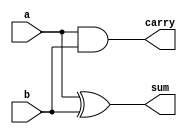
module half_adder(sum, carry, a, b);
  input a, b;
  output sum, carry;
  xor sum1(sum, a, b);
  and carry1(carry, a, b);
endmodule

module full_adder_1bit(fsum, fcarry_out, a, b, c);
  input a, b, c;
  output fcarry_out;
  output fsum;
  wire half_sum_1, half_carry_1, half_carry_2;
  half_adder HA1(half_sum_1, half_carry_1, a, b); //instance 1 of Half Adder
  half_adder HA2(fsum, half_carry_2, half_sum_1, c); //instance 2 of Half Adder
  or or1(fcarry_out, half_carry_2, half_carry_1);
endmodule

module full_adder_4bit(fsum, fcarry_out, a, b, cin);
  input [3:0]a, b;
  input cin;
  output [3:0]fsum;
  output fcarry_out;
  wire cb0, cb1, cb2;
  full_adder_1bit B3(fsum[3], fcarry_out, a[3], b[3], cb2);
  full_adder_1bit B2(fsum[2], cb2, a[2], b[2], cb1);
  full_adder_1bit B1(fsum[1], cb1, a[1], b[1], cb0);
  full_adder_1bit B0(fsum[0], cb0, a[0], b[0], cin);
endmodule

module full_lookaheadadder_4bit(fsum, fcarry_out, a, b, cin);
  input [3:0]a, b;
  input cin;
  output reg [3:0]fsum;
  output reg fcarry_out;
  reg [3:0]p, g;
  reg [4:0] c;
  always @(*) begin
    p = a ^ b;
    g = a & b;
    c[0] = cin;
    c[1] = g[0] | (p[0] & c[0]);
    c[2] = g[1] | (p[1] & g[0]) | (p[1] & p[0] & c[0]);
    c[3] = g[2] | (p[2] & g[1]) | (p[2] & p[1] & g[0]) | (p[2] & p[1] & p[0] & c[0]);
    c[4] = g[3] | (p[3] & g[2]) | (p[3] & p[2] & g[1]) | (p[3] & p[2] & p[1] & g[0]) | (p[3] & p[2] & p[1] & p[0] & c[0]);
    fsum = p ^ c[3:0];
    fcarry_out = c[4];
  end
endmodule

module full_adder_8bit(fsum, fcarry_out, a, b, cin);
  input [7:0] a,b;
  input cin;
  output [7:0] fsum;
  output fcarry_out;
  wire carry_mid;
  //full_adder_4bit fsum74(fsum[7:4],fcarry_out, a[7:4], b[7:4], carry_mid);
  //full_adder_4bit fsum30(fsum[3:0], carry_mid, a[3:0], b[3:0], cin);
  full_lookaheadadder_4bit fsum74(fsum[7:4],fcarry_out, a[7:4], b[7:4], carry_mid);
  full_lookaheadadder_4bit fsum30(fsum[3:0], carry_mid, a[3:0], b[3:0], cin);
endmodule

module full_adder_16bit(fsum, fcarry_out, a, b, cin);
  input [15:0] a,b;
  input cin;
  output [15:0] fsum;
  output fcarry_out;
  wire carry_mid;
  full_adder_8bit fsum8_1(fsum[15:8],fcarry_out, a[15:8], b[15:8], carry_mid);
  full_adder_8bit fsum8_0(fsum[7:0], carry_mid, a[7:0], b[7:0], cin);
endmodule

module mux_2 (out, i0, i1, sel);
  input i0, i1, sel;
  output out;
  wire n_sel, x1, x2;
  or (out, x1, x2);
  and (x1, i0, n_sel);
  and (x2, i1, sel);
  not (n_sel, sel);
endmodule

module mux_4bit( Out, A, B, sel);
  input [3:0] A,B;
  input sel;
  output [3:0]Out;
  // no internal nets or registers
  mux_2 m3 (Out[3], A[3], B[3], sel);
  mux_2 m2 (Out[2], A[2], B[2], sel);
  mux_2 m1 (Out[1], A[1], B[1], sel);
  mux_2 m0 (Out[0], A[0], B[0], sel);
endmodule

module mux_8bit ( Out, A, B, sel);
  input [7:0] A,B;
  input sel;
  output [7:0]Out;
  // no internal nets or registers
  mux_4bit m1_4 (Out[7:4], A[7:4], B[7:4], sel);
  mux_4bit m0_4 (Out[3:0], A[3:0], B[3:0], sel);
endmodule

module mymul_8bitgate(mout, a, b);
  input [3:0] a,b;
  output [7:0] mout;
  wire [3:0] m0_out, m1_out, m2_out, m3_out;
  wire [7:0]fsum_p0, fsum_p1, fsum_p2;
  wire fcarryout_p0, fcarryout_p1, fcarryout_p2, fcarryout_p3;
  mux_4bit m0(m0_out, {4{1'b0}}, a, b[0]);
  mux_4bit m1(m1_out, {4{1'b0}}, a, b[1]);
  mux_4bit m2(m2_out, {4{1'b0}}, a, b[2]);
  mux_4bit m3(m3_out, {4{1'b0}}, a, b[3]);
  full_adder_8bit a0 (fsum_p0, fcarryout_p0, {8{1'b0}}, {{4{1'b0}}, m0_out}, 1'b0);
  full_adder_8bit a1 (fsum_p1, fcarryout_p1, fsum_p0, {{3{1'b0}}, m1_out, {1{1'b0}}}, fcarryout_p0);
  full_adder_8bit a2 (fsum_p2, fcarryout_p2, fsum_p1, {{2{1'b0}}, m2_out, {2{1'b0}}}, fcarryout_p1);
  full_adder_8bit a3 (mout, fcarryout_p3, fsum_p2, {{1{1'b0}}, m3_out, {3{1'b0}}}, fcarryout_p2);
endmodule

module mymul_16bitgate(mout, a, b);
  input [7:0] a,b;
  output [15:0] mout;
  wire [7:0] m0_out, m1_out, m2_out, m3_out, m4_out, m5_out, m6_out, m7_out;
  wire [15:0]fsum_p0, fsum_p1, fsum_p2, fsum_p3, fsum_p4, fsum_p5, fsum_p6, fsum_p7;
  wire fcarryout_p0, fcarryout_p1, fcarryout_p2, fcarryout_p3, fcarryout_p4, fcarryout_p5, fcarryout_p6;
  mux_8bit m0(m0_out, {8{1'b0}}, a, b[0]);
  mux_8bit m1(m1_out, {8{1'b0}}, a, b[1]);
  mux_8bit m2(m2_out, {8{1'b0}}, a, b[2]);
  mux_8bit m3(m3_out, {8{1'b0}}, a, b[3]);
  mux_8bit m4(m4_out, {8{1'b0}}, a, b[4]);
  mux_8bit m5(m5_out, {8{1'b0}}, a, b[5]);
  mux_8bit m6(m6_out, {8{1'b0}}, a, b[6]);
  mux_8bit m7(m7_out, {8{1'b0}}, a, b[7]);
  full_adder_16bit a0 (fsum_p0, fcarryout_p0, {16{1'b0}}, {{8{1'b0}}, m0_out}, 1'b0);
  full_adder_16bit a1 (fsum_p1, fcarryout_p1, fsum_p0, {{7{1'b0}}, m1_out, {1{1'b0}}}, fcarryout_p0);
  full_adder_16bit a2 (fsum_p2, fcarryout_p2, fsum_p1, {{6{1'b0}}, m2_out, {2{1'b0}}}, fcarryout_p1);
  full_adder_16bit a3 (fsum_p3, fcarryout_p3, fsum_p2, {{5{1'b0}}, m3_out, {3{1'b0}}}, fcarryout_p2);
  full_adder_16bit a4 (fsum_p4, fcarryout_p4, fsum_p3, {{4{1'b0}}, m4_out, {4{1'b0}}}, fcarryout_p3);
  full_adder_16bit a5 (fsum_p5, fcarryout_p5, fsum_p4, {{3{1'b0}}, m5_out, {5{1'b0}}}, fcarryout_p4);
  full_adder_16bit a6 (fsum_p6, fcarryout_p6, fsum_p5, {{2{1'b0}}, m6_out, {6{1'b0}}}, fcarryout_p5);
  full_adder_16bit a7 (mout, fcarryout_p7, fsum_p6, {{1{1'b0}}, m7_out, {7{1'b0}}}, fcarryout_p6);
endmodule

module mymul_8bitgate_twocomp(mout, a, b);
  input [3:0] a,b;
  output reg [7:0] mout;
  wire [15:0] mout_16;
  always @(*) begin
    mout = mout_16[7:0];
  end
  mymul_16bitgate mul0 (mout_16, {{4{a[3]}},a}, {{4{b[3]}},b});
endmodule

module proj1(clk, rst, MemRW_IO, MemAddr_IO, MemD_IO);
  input clk;
  input rst;
  output MemRW_IO;
  output [7:0] MemAddr_IO;
  output [15:0] MemD_IO;
  
  wire zflag, muxPC, muxMAR, muxACC, loadMAR, loadPC, loadACC, loadMDR, loadIR, MemRW;
  wire [2:0] opALU;
  wire [7:0] MemAddr, opcode;
  wire [15:0] MemD, MemQ;
  //one instance of memory
  ram RAM1 (MemRW, MemD, MemQ, MemAddr);
  
  //one instance of controller
  ctr CTR1 (clk, rst, zflag, opcode, muxPC, muxMAR, muxACC, loadMAR, loadPC, loadACC, loadMDR, loadIR, opALU, MemRW);
    
  //one instance of datapath1
  datapath D1 (clk, rst, muxPC, muxMAR, muxACC, loadMAR, loadPC, loadACC, loadMDR, loadIR, opALU, zflag, opcode, MemAddr, MemD, MemQ);
  
  //these are just to observe the signals.
  assign MemRW_IO = MemRW;
  assign MemAddr_IO = MemAddr;
  assign MemD_IO = MemD;
endmodule

module ram(we, d, q, addr);
  input we;
  input [15:0] d;
  output reg [15:0] q;
  input [7:0] addr;
  
  reg [15:0] MEM [0:255];
  
  always @ (*) begin
    if (we) 
      MEM[addr] <= d;
    else    
      q <= MEM[addr];
  end    
endmodule

module alu(A, B, opALU, Rout);
  input [15:0] A, B;
  input [2:0] opALU;
  output reg [15:0] Rout;
  
  wire Cout;
  wire [15:0] AddOut, SubOut;
  wire [15:0] MulOut;
  
  full_adder_16bit ADD1 (AddOut, Cout, A, B, 1'b0);
  full_adder_16bit SUB1(SubOut, Cout, A, ~B, 1'b1);
  mymul_16bitgate MUL1 (MulOut, A[7:0], B[7:0]);  
  
  always @(*) begin 
    if      (opALU == 1) Rout = AddOut;
    else if (opALU == 2) Rout = SubOut;
    else if (opALU == 3) Rout = MulOut;
    else if (opALU == 4) Rout = A / B;
    else if (opALU == 5) Rout = A ^ B;
  end
endmodule

module ctr (clk, rst, zflag, opcode, muxPC, muxMAR, muxACC, loadMAR, loadPC, loadACC, loadMDR, loadIR, opALU, MemRW);
  input clk;
  input rst;
  input zflag;
  input [7:0]opcode;
  output reg muxPC;
  output reg muxMAR;
  output reg muxACC;
  output reg loadMAR;
  output reg loadPC;
  output reg loadACC;
  output reg loadMDR;
  output reg loadIR;
  output reg [2:0] opALU;
  output reg MemRW;
  
  reg [4:0] cstate, nstate;
  
  
  parameter fetch_1 = 5'b00000, fetch_2 = 5'b00001, fetch_3 = 5'b00010, decode = 5'b00011, add_1 = 5'b00100, add_2 = 5'b00101,
  sub_1 = 5'b00110, sub_2 = 5'b00111, mul_1 = 5'b01000, mul_2 = 5'b01001, div_1 = 5'b01010, div_2 = 5'b01011, xor_1 = 5'b01100, 
  xor_2 = 5'b01101, jump = 5'b01110, jumpz = 5'b01111, store = 5'b10000, load_1 = 5'b10001, load_2 = 5'b10010;
  

  always @ (posedge clk) begin 
    if (rst) begin
      cstate = fetch_1;
    end
    else begin
      cstate = nstate;
    end
  end 
    
  always @ (*) begin    
    case (cstate)
      fetch_1: begin
        muxPC = 1'b0; 
        muxMAR = 1'b0; 
        muxACC = 1'b0; 
        loadMAR = 1'b1; 
        loadPC = 1'b1; 
        loadACC = 1'b0; 
        loadMDR = 1'b0; 
        loadIR = 1'b0; 
        opALU = 3'b000; 
        MemRW = 1'b0;
        nstate = fetch_2;
      end
      fetch_2: begin
        muxPC = 1'b0; 
        muxMAR = 1'b0; 
        muxACC = 1'b0; 
        loadMAR = 1'b0; 
        loadPC = 1'b0; 
        loadACC = 1'b0; 
        loadMDR = 1'b1; 
        loadIR = 1'b0; 
        opALU = 3'b000; 
        MemRW = 1'b0;
        nstate = fetch_3;
      end
      fetch_3: begin
        muxPC = 1'b0; 
        muxMAR = 1'b0; 
        muxACC = 1'b0; 
        loadMAR = 1'b0; 
        loadPC = 1'b0; 
        loadACC = 1'b0; 
        loadMDR = 1'b0; 
        loadIR = 1'b1; 
        opALU = 3'b000; 
        MemRW = 1'b0;
        nstate = decode;
      end
      decode: begin
        muxPC = 1'b0; 
        muxMAR = 1'b1; 
        muxACC = 1'b0; 
        loadMAR = 1'b1; 
        loadPC = 1'b0; 
        loadACC = 1'b0; 
        loadMDR = 1'b0; 
        loadIR = 1'b0; 
        opALU = 3'b000; 
        MemRW = 1'b0;
      if      (opcode == 1) nstate = add_1;
      else if (opcode == 2) nstate = sub_1;
      else if (opcode == 3) nstate = mul_1;
      else if (opcode == 4) nstate = div_1;
      else if (opcode == 5) nstate = xor_1;
      else if ((opcode == 6) || (opcode == 7 && zflag == 1)) nstate = jump;
      else if (opcode == 7 && zflag == 0) nstate = jumpz;
      else if (opcode == 8) nstate = store;
      else if (opcode == 9) nstate = load_1;
      end
      add_1: begin
        muxPC = 1'b0; 
        muxMAR = 1'b0; 
        muxACC = 1'b0; 
        loadMAR = 1'b0; 
        loadPC = 1'b0; 
        loadACC = 1'b0; 
        loadMDR = 1'b1; 
        loadIR = 1'b0; 
        opALU = 3'b000; 
        MemRW = 1'b0;
        nstate  = add_2;
      end
      add_2: begin
        muxPC = 1'b0; 
        muxMAR = 1'b0; 
        muxACC = 1'b0; 
        loadMAR = 1'b0; 
        loadPC = 1'b0; 
        loadACC = 1'b1; 
        loadMDR = 1'b0; 
        loadIR = 1'b0; 
        opALU = 3'b001; 
        MemRW = 1'b0;
        nstate = fetch_1;
      end
      sub_1: begin
        muxPC = 1'b0; 
        muxMAR = 1'b0; 
        muxACC = 1'b0; 
        loadMAR = 1'b0; 
        loadPC = 1'b0; 
        loadACC = 1'b0; 
        loadMDR = 1'b1; 
        loadIR = 1'b0; 
        opALU = 3'b000; 
        MemRW = 1'b0;
        nstate = sub_2;
      end
      sub_2: begin
        muxPC = 1'b0; 
        muxMAR = 1'b0; 
        muxACC = 1'b0; 
        loadMAR = 1'b0; 
        loadPC = 1'b0; 
        loadACC = 1'b1; 
        loadMDR = 1'b0; 
        loadIR = 1'b0; 
        opALU = 3'b010; 
        MemRW = 1'b0;
        nstate = fetch_1;
      end
      mul_1: begin
        muxPC = 1'b0; 
        muxMAR = 1'b0; 
        muxACC = 1'b0; 
        loadMAR = 1'b0; 
        loadPC = 1'b0; 
        loadACC = 1'b0; 
        loadMDR = 1'b1; 
        loadIR = 1'b0; 
        opALU = 3'b000; 
        MemRW = 1'b0;
        nstate  = mul_2;
      end
      mul_2: begin
        muxPC = 1'b0; 
        muxMAR = 1'b0; 
        muxACC = 1'b0; 
        loadMAR = 1'b0; 
        loadPC = 1'b0; 
        loadACC = 1'b1; 
        loadMDR = 1'b0; 
        loadIR = 1'b0; 
        opALU = 3'b011; 
        MemRW = 1'b0;
        nstate  = fetch_1;
      end
      div_1: begin
        muxPC = 1'b0; 
        muxMAR = 1'b0; 
        muxACC = 1'b0; 
        loadMAR = 1'b0; 
        loadPC = 1'b0; 
        loadACC = 1'b0; 
        loadMDR = 1'b1; 
        loadIR = 1'b0; 
        opALU = 3'b000; 
        MemRW = 1'b0;
        nstate = div_2;
      end
      div_2: begin
        muxPC = 1'b0; 
        muxMAR = 1'b0; 
        muxACC = 1'b0; 
        loadMAR = 1'b0; 
        loadPC = 1'b0; 
        loadACC = 1'b1; 
        loadMDR = 1'b0; 
        loadIR = 1'b0; 
        opALU = 3'b100; 
        MemRW = 1'b0;
        nstate = fetch_1;
      end
      xor_1: begin
        muxPC = 1'b0; 
        muxMAR = 1'b0; 
        muxACC = 1'b0; 
        loadMAR = 1'b0; 
        loadPC = 1'b0; 
        loadACC = 1'b0; 
        loadMDR = 1'b1; 
        loadIR = 1'b0; 
        opALU = 3'b000; 
        MemRW = 1'b0;
        nstate = xor_2;
      end
      xor_2: begin
        muxPC = 1'b0; 
        muxMAR = 1'b0; 
        muxACC = 1'b0; 
        loadMAR = 1'b0; 
        loadPC = 1'b0; 
        loadACC = 1'b1; 
        loadMDR = 1'b0; 
        loadIR = 1'b0; 
        opALU = 3'b101; 
        MemRW = 1'b0;
        nstate = fetch_1;
      end
      
      jump: begin
        muxPC = 1'b1; 
        muxMAR = 1'b0; 
        muxACC = 1'b0; 
        loadMAR = 1'b0; 
        loadPC = 1'b1; 
        loadACC = 1'b0; 
        loadMDR = 1'b0; 
        loadIR = 1'b0; 
        opALU = 3'b000; 
        MemRW = 1'b0;
        nstate = fetch_2;
      end
      jumpz: begin
        nstate  = fetch_1;
      end
      store: begin
        muxPC = 1'b0; 
        muxMAR = 1'b0; 
        muxACC = 1'b0; 
        loadMAR = 1'b0; 
        loadPC = 1'b0; 
        loadACC = 1'b0; 
        loadMDR = 1'b0; 
        loadIR = 1'b0; 
        opALU = 3'b000; 
        MemRW = 1'b1;
        nstate = fetch_1;
      end
      load_1: begin 
        muxPC = 1'b0; 
        muxMAR = 1'b0; 
        muxACC = 1'b0; 
        loadMAR = 1'b0; 
        loadPC = 1'b0; 
        loadACC = 1'b0; 
        loadMDR = 1'b1; 
        loadIR = 1'b0; 
        opALU = 3'b000; 
        MemRW = 1'b0;
        nstate  = load_2;
      end
      load_2: begin
        muxPC = 1'b0; 
        muxMAR = 1'b0; 
        muxACC = 1'b1; 
        loadMAR = 1'b0; 
        loadPC = 1'b0; 
        loadACC = 1'b1; 
        loadMDR = 1'b0; 
        loadIR = 1'b0; 
        opALU = 3'b000; 
        MemRW = 1'b0;
        nstate  = fetch_1;
      end
      
      default: begin
        nstate = fetch_1;
        muxPC = 1'b0; 
        muxMAR = 1'b0; 
        muxACC = 1'b0; 
        loadMAR = 1'b1; 
        loadPC = 1'b1; 
        loadACC = 1'b0; 
        loadMDR = 1'b0; 
        loadIR = 1'b0; 
        opALU = 3'b000; 
        MemRW = 1'b0;
      end
    endcase
  end
endmodule
 
module registers(clk, rst, PC_reg, PC_next, IR_reg, IR_next, ACC_reg, ACC_next, MDR_reg, MDR_next, MAR_reg, MAR_next, zflag_reg, zflag_next);
  input wire clk;
  input wire rst;
  output reg [7:0]PC_reg;
  input wire [7:0]PC_next;
  output reg [15:0]IR_reg;
  input wire [15:0]IR_next;
  output reg [15:0]ACC_reg;
  input wire [15:0]ACC_next;
  output reg [15:0]MDR_reg;
  input wire [15:0]MDR_next;
  output reg [7:0]MAR_reg;
  input wire [7:0]MAR_next;
  output reg zflag_reg;
  input wire zflag_next;
  
  always @(posedge clk) begin
    if (rst) begin
      PC_reg <= 0;
      IR_reg <= 0;
      ACC_reg <= 0;
      MDR_reg <= 0;
      MAR_reg <= 0;
      zflag_reg <= 0;
    end
    else begin
      PC_reg <= PC_next;
      IR_reg <= IR_next;
      ACC_reg <= ACC_next;
      MDR_reg <= MDR_next;
      MAR_reg <= MAR_next;
      zflag_reg <= zflag_next;
    end
  end
endmodule

module datapath(clk, rst, muxPC, muxMAR, muxACC, loadMAR, loadPC, loadACC, loadMDR, loadIR, opALU, zflag, opcode, MemAddr, MemD, MemQ);
  input clk;
  input rst;
  input muxPC;
  input muxMAR;
  input muxACC;
  input loadMAR;
  input loadPC;
  input loadACC;
  input loadMDR;
  input loadIR;
  input [2:0] opALU;
  output zflag;
  output [7:0]opcode;
  output [7:0]MemAddr;
  output [15:0]MemD;
  input [15:0]MemQ;
  reg [7:0]PC_next;
  wire [15:0]IR_next;
  reg [15:0]ACC_next;
  wire [15:0]MDR_next;
  reg [7:0]MAR_next;
  reg zflag_next;
  wire [7:0]PC_reg;
  wire [15:0]IR_reg;
  wire [15:0]ACC_reg;
  wire [15:0]MDR_reg;
  wire [7:0]MAR_reg;
  wire zflag_reg;
  wire [15:0]ALU_out;
 //fill in the code here from page 8 of the document
 
  alu ALU1 (ACC_reg, MDR_reg, opALU, ALU_out);
  
  registers REGS1 (clk, rst, PC_reg, PC_next, IR_reg, IR_next, ACC_reg, ACC_next, MDR_reg, MDR_next, MAR_reg, MAR_next, zflag_reg, zflag_next);
  
  always @ (*) begin
    if (loadPC)  
      PC_next = muxPC?IR_reg[15:8]:(PC_reg+1'b1);
    else 
      PC_next = PC_reg;
      
    if (loadACC)
      ACC_next = muxACC?MDR_reg:ALU_out;
    else 
      ACC_next = ACC_reg;

    if (loadMAR)
      MAR_next = muxMAR?IR_reg[15:8]:PC_reg;
    else
      MAR_next = MAR_reg;
      
    zflag_next = (ACC_reg == 0);
    
  end
  
  assign IR_next   = loadIR?MDR_reg:IR_reg;
  assign MDR_next  = loadMDR?MemQ:MDR_reg;
  assign zflag     = (ACC_reg==0);
  assign opcode    = IR_reg[7:0];
  assign MemAddr   = MAR_reg;
  assign MemD      = ACC_reg;
  
endmodule


module proj1_tb();
  reg clk, rst;
  wire MemRW_IO;
  wire [7:0] MemAddr_IO;
  wire [15:0] MemD_IO;
 
  proj1 dut(clk, rst, MemRW_IO, MemAddr_IO, MemD_IO);

  always
    #5 clk = !clk;

  initial begin
    clk=1'b0;
    rst=1'b1;
    $readmemh("memory.list", proj1_tb.dut.RAM1.MEM);
    #20 rst=1'b0;
    #1700 //might need to be very large
    $display("Final value\n");
    $display("0x0010 %d\n",proj1_tb.dut.RAM1.MEM[16'h0010]);
    #4000 $stop;
  end
endmodule